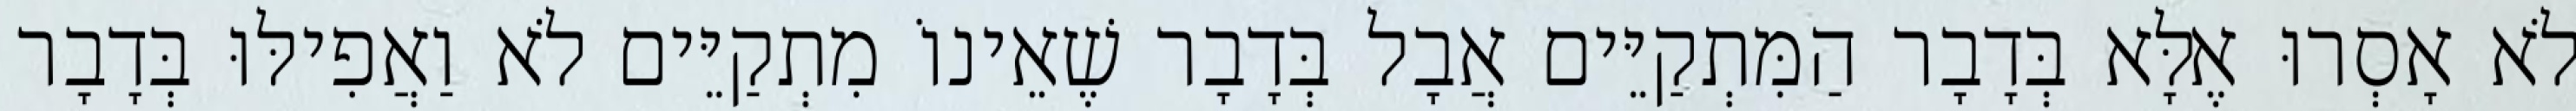
לֹא אָסְרוּ אֶלָּא בְּדָבָר הַמִּתְקַיֵּים אֲבָל בְּדָבָר שֶׁאֵינוֹ מִתְקַיֵּים לֹא וַאֲפִילּוּ בְּדָבָר